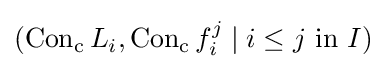
(\mathrm {Con_{c}} \,L_{i},\mathrm {Con_{c}} \,f_{i}^{j}\mid i\leq j{\text{ in }}I)